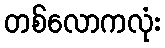
တစ်လောကလုံး